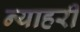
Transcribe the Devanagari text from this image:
न्याहरी